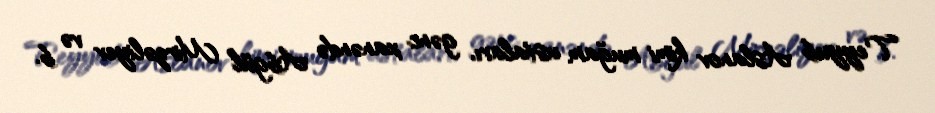
Teyyub Aslanov kimi muğam ustaları, gənc xanəndə Abgül Mirzəliyev və b.